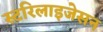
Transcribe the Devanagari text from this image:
स्टरिलाइजेसन